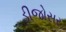
ડીજોસર